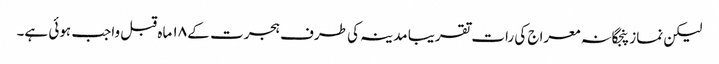
لیکن نماز پنجگانہ معراج کی رات تقریبا مدینہ کی طرف ہجرت کے ۱۸ ماہ قبل واجب ہوئی ہے۔